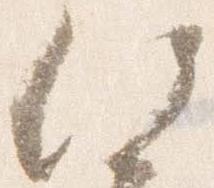
何